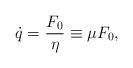
LaTeX: \begin{align*}\dot{q} = \frac{F_{0}}{\eta} \equiv \mu{F_{0}},\end{align*}